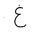
Letter: _gayn